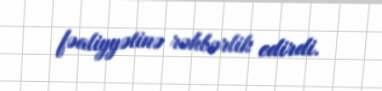
fəaliyyətinə rəhbərlik edirdi.